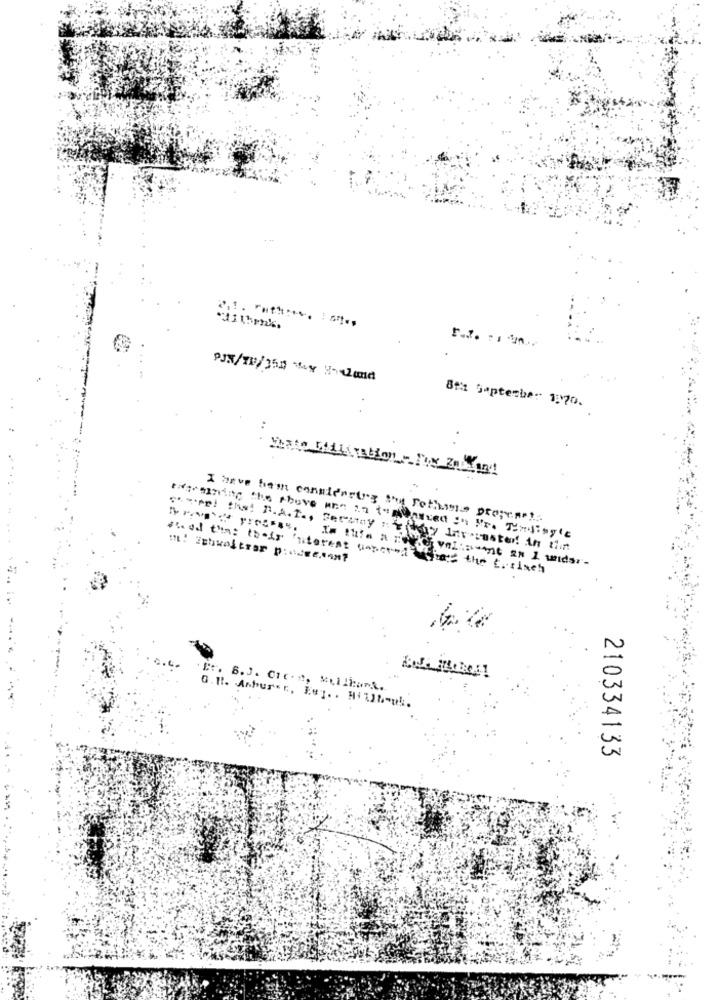
.1 . Futuros. : sites
31 think.
PJN/70/350 Muy Holand
811 September 1070.
Siste Bilisation - Twe Enbrand
Ferzay : 476
Edtraining the Above une in to Ataved in Pro Undingle
Is this a nord vallawant an 1 wider-
stad tha: their Interest screendaher the Cusisch
E :. 8.J. Cır.e, Millian ....
210334133